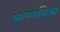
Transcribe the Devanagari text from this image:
कृष्णमिश्र